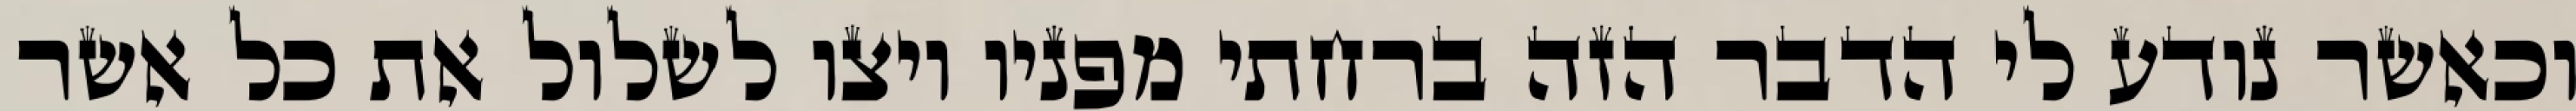
וכאשר נודע לי הדבר הזה ברחתי מפניו ויצו לשלול את כל אשר